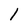
Character: l